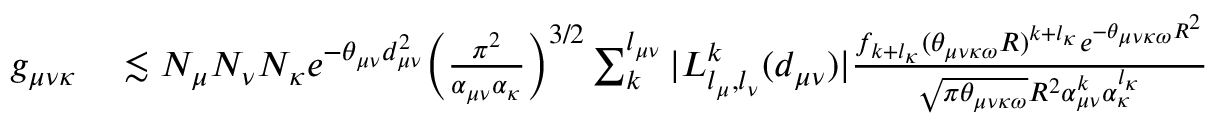
\begin{array} { r l } { g _ { \mu \nu \kappa } } & { { } \lesssim N _ { \mu } N _ { \nu } N _ { \kappa } e ^ { - \theta _ { \mu \nu } d _ { \mu \nu } ^ { 2 } } \Big ( \frac { \pi ^ { 2 } } { \alpha _ { \mu \nu } \alpha _ { \kappa } } \Big ) ^ { 3 / 2 } \sum _ { k } ^ { l _ { \mu \nu } } | L _ { l _ { \mu } , l _ { \nu } } ^ { k } ( d _ { \mu \nu } ) | \frac { f _ { k + l _ { \kappa } } ( \theta _ { \mu \nu \kappa \omega } R ) ^ { k + l _ { \kappa } } e ^ { - \theta _ { \mu \nu \kappa \omega } R ^ { 2 } } } { \sqrt { \pi \theta _ { \mu \nu \kappa \omega } } R ^ { 2 } \alpha _ { \mu \nu } ^ { k } \alpha _ { \kappa } ^ { l _ { \kappa } } } } \end{array}